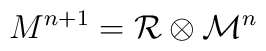
{M}^{n+1}={\cal R}\otimes {\cal M}^{n}